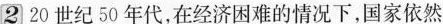
220世纪50年代，在经济困难的情况下，国家依然